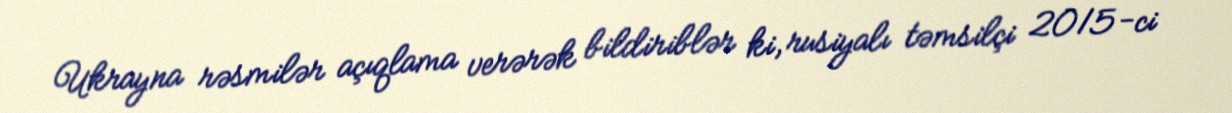
Ukrayna rəsmilər açıqlama verərək bildiriblər ki, rusiyalı təmsilçi 2015-ci